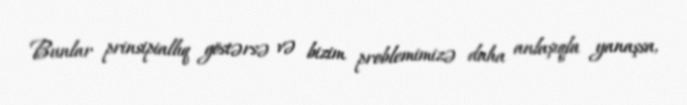
Bunlar prinsipiallıq göstərsə və bizim problemimizə daha anlaşıqla yanaşsa,